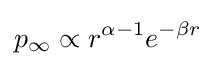
p_{\infty }\propto r^{\alpha -1}e^{-\beta r}